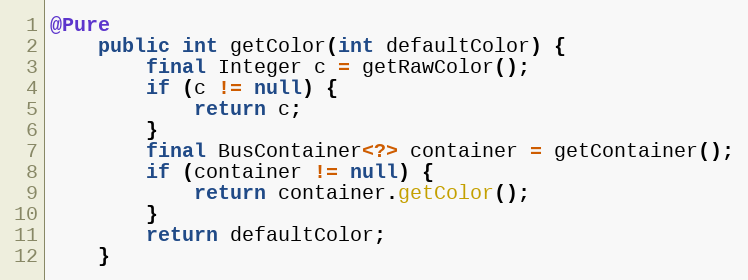
Language: Java
@Pure
	public int getColor(int defaultColor) {
		final Integer c = getRawColor();
		if (c != null) {
			return c;
		}
		final BusContainer<?> container = getContainer();
		if (container != null) {
			return container.getColor();
		}
		return defaultColor;
	}